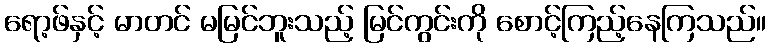
ရော့ဖ်နှင့် မာတင် မမြင်ဘူးသည့် မြင်ကွင်းကို စောင့်ကြည့်နေကြသည်။